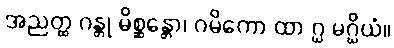
အညတ္ထ ဂန္တု မိစ္ဆန္တော၊ ဂမိကော ထာ ဂ္ဃ မဂ္ဃိယံ။